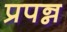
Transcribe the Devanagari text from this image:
प्रपन्न